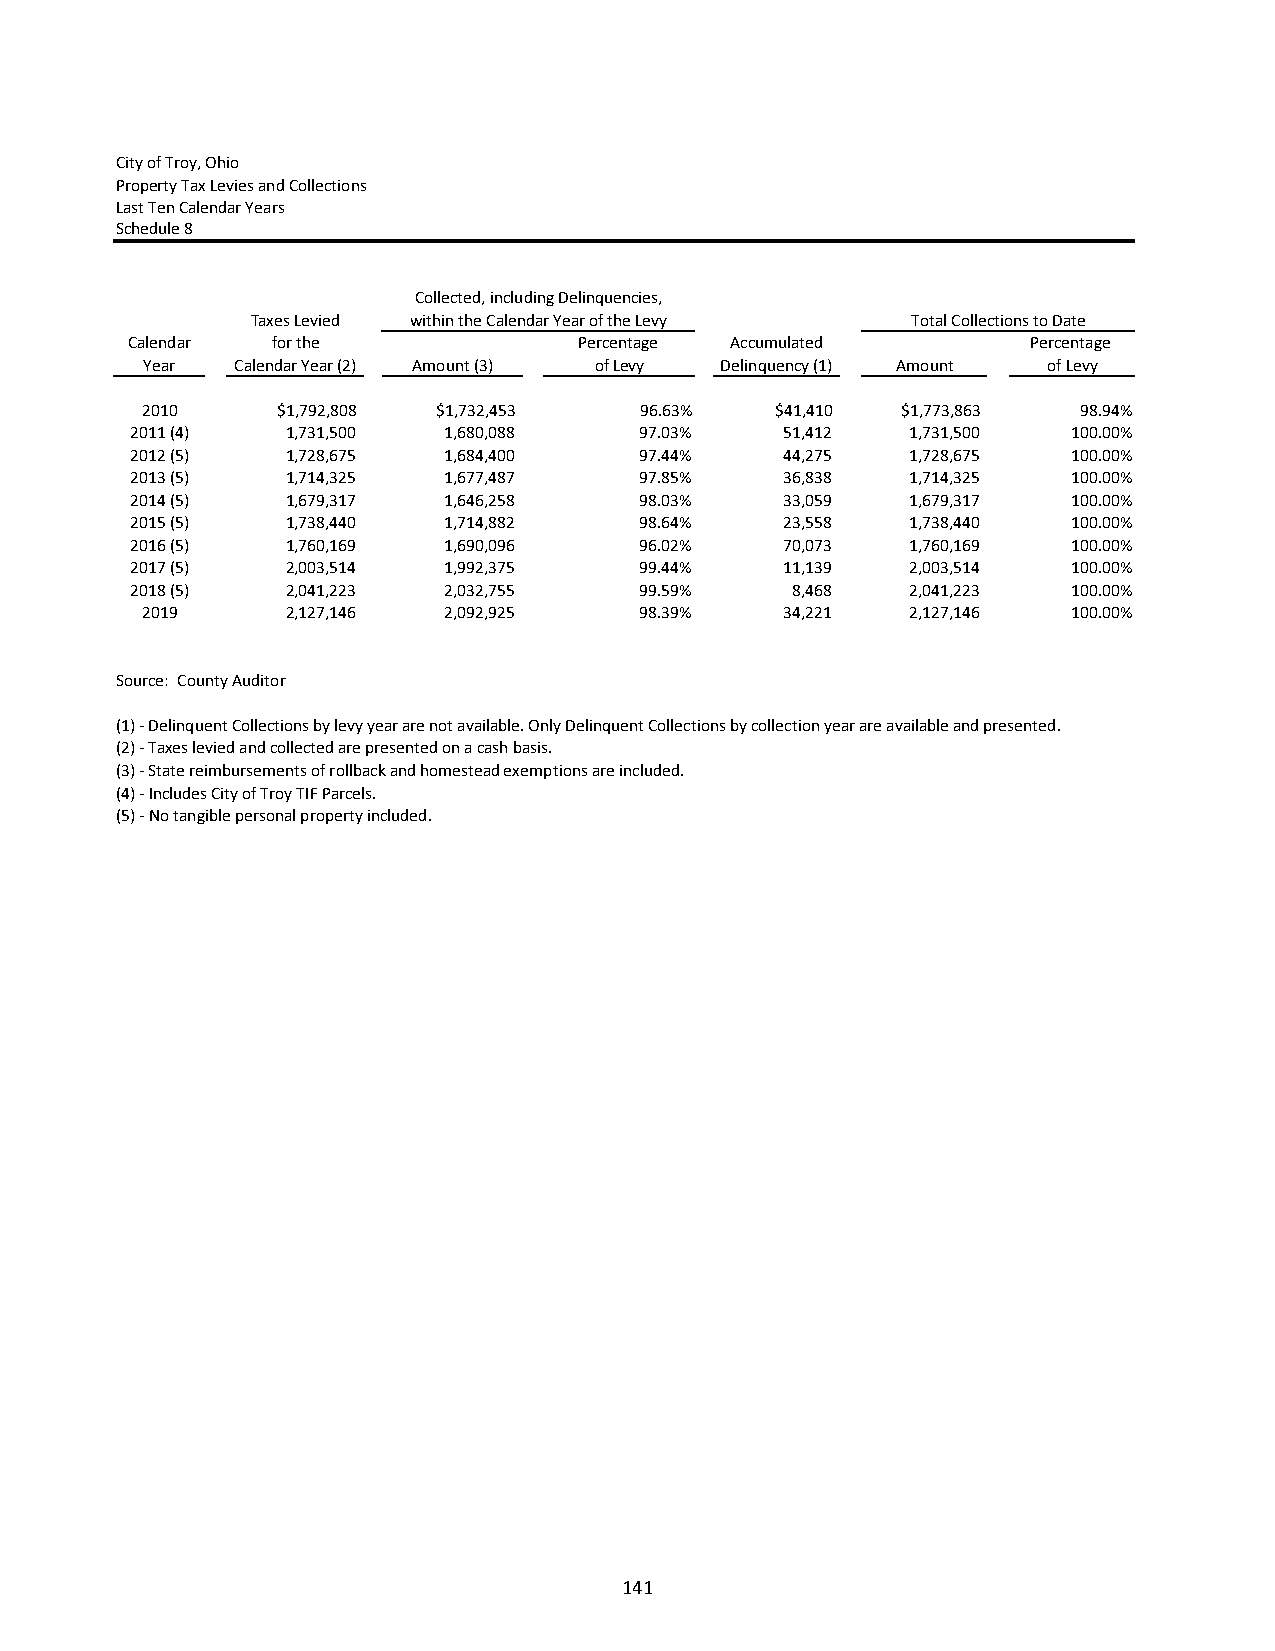
City of Troy, Ohio
 Property Tax Levies and Collections
 Last Ten Calendar Years
 Schedule 8
 Collected, including Delinquencies,
 Taxes Levied within the Calendar Year of the Levy Total Collections to Date
 Calendar  for the             Percentage Accumulated        Percentage
 Year  Calendar Year (2) Amount (3) of Levy Delinquency (1) Amount of Levy
 2010     $1,792,808 $1,732,453   96.63%   $41,410  $1,773,863  98.94%
 2011 (4)  1,731,500 1,680,088    97.03%    51,412  1,731,500  100.00%
 2012 (5)  1,728,675 1,684,400    97.44%    44,275  1,728,675  100.00%
 2013 (5)  1,714,325 1,677,487    97.85%    36,838  1,714,325  100.00%
 2014 (5)  1,679,317 1,646,258    98.03%    33,059  1,679,317  100.00%
 2015 (5)  1,738,440 1,714,882    98.64%    23,558  1,738,440  100.00%
 2016 (5)  1,760,169 1,690,096    96.02%    70,073  1,760,169  100.00%
 2017 (5)  2,003,514 1,992,375    99.44%    11,139  2,003,514  100.00%
 2018 (5)  2,041,223 2,032,755    99.59%    8,468   2,041,223  100.00%
 2019      2,127,146 2,092,925    98.39%    34,221  2,127,146  100.00%
 Source: County Auditor
 (1) ‐ Delinquent Collections by levy year are not available. Only Delinquent Collections by collection year are available and presented.
 (2) ‐ Taxes levied and collected are presented on a cash basis.
 (3) ‐ State reimbursements of rollback and homestead exemptions are included.
 (4) ‐ Includes City of Troy TIF Parcels.
 (5) ‐ No tangible personal property included.
 141